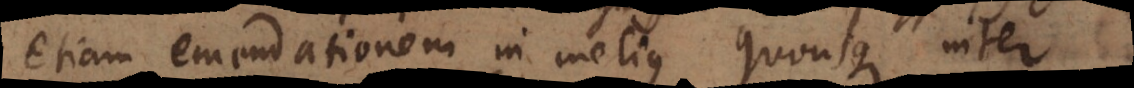
etiam emendationem in melius quousque inter